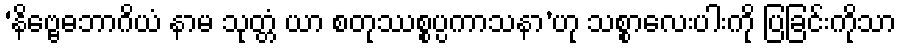
‘နိဗ္ဗေဓဘာဂိယံ နာမ သုတ္တံ ယာ စတုဿစ္စပ္ပကာသနာ’ဟု သစ္စာလေးပါးကို ပြခြင်းကိုသာ